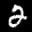
Label: 2